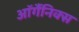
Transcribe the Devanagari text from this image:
ऑर्गैनिक्स